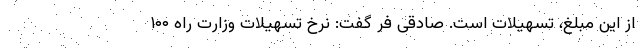
از این مبلغ، تسهیلات است. صادقی فر گفت: نرخ تسهیلات وزارت راه ۱۰۰